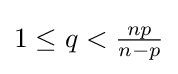
1\leq q<{\tfrac {np}{n-p}}